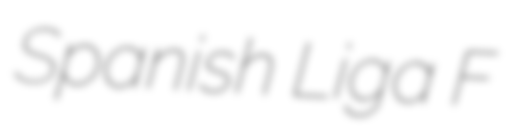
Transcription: Spanish Liga F